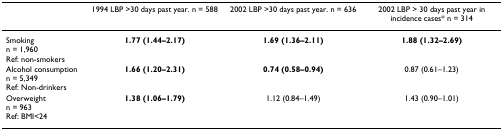
<table><thead><tr><td></td><td><b>1994 LBP &gt;30 days past year. n = 588</b></td><td><b>2002 LBP &gt;30 days past year. n = 636</b></td><td><b>2002 LBP &gt; 30 days past year in incidence cases* n = 314</b></td></tr></thead><tbody><tr><td>Smokingn = 1,960Ref: non-smokers</td><td><b>1.77 </b><b>(1.44–2.17)</b></td><td><b>1.69 </b><b>(1.36–2.11)</b></td><td><b>1.88 </b><b>(1.32–2.69)</b></td></tr><tr><td>Alcohol consumptionn = 5,349Ref: Non-drinkers</td><td><b>1.66 (1.20–2.31)</b></td><td><b>0.74 </b><b>(0.58–0.94)</b></td><td>0.87 (0.61–1.23)</td></tr><tr><td>Overweightn = 963Ref: BMI&lt;24</td><td><b>1.38 </b><b>(1.06–1.79)</b></td><td>1.12 (0.84–1.49)</td><td>1.43 (0.90–1.01)</td></tr></tbody></table>